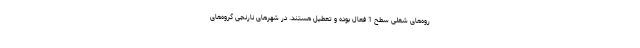
روه‌های شغلی سطح 1 فعال بوده و تعطیل هستند. در شهر‌های نارنجی گروه‌های